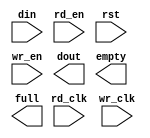
module FIFO(
	din,
	rd_clk,
	rd_en,
	rst,
	wr_clk,
	wr_en,
	dout,
	empty,
	full);


input [15 : 0] din;
input rd_clk;
input rd_en;
input rst;
input wr_clk;
input wr_en;
output [15 : 0] dout;
output empty;
output full;

// synthesis translate_off

      FIFO_GENERATOR_V5_1 #(
		.C_COMMON_CLOCK(0),
		.C_COUNT_TYPE(0),
		.C_DATA_COUNT_WIDTH(4),
		.C_DEFAULT_VALUE("BlankString"),
		.C_DIN_WIDTH(16),
		.C_DOUT_RST_VAL("0"),
		.C_DOUT_WIDTH(16),
		.C_ENABLE_RLOCS(0),
		.C_ENABLE_RST_SYNC(1),
		.C_ERROR_INJECTION_TYPE(0),
		.C_FAMILY("spartan3"),
		.C_FULL_FLAGS_RST_VAL(1),
		.C_HAS_ALMOST_EMPTY(0),
		.C_HAS_ALMOST_FULL(0),
		.C_HAS_BACKUP(0),
		.C_HAS_DATA_COUNT(0),
		.C_HAS_INT_CLK(0),
		.C_HAS_MEMINIT_FILE(0),
		.C_HAS_OVERFLOW(0),
		.C_HAS_RD_DATA_COUNT(0),
		.C_HAS_RD_RST(0),
		.C_HAS_RST(1),
		.C_HAS_SRST(0),
		.C_HAS_UNDERFLOW(0),
		.C_HAS_VALID(0),
		.C_HAS_WR_ACK(0),
		.C_HAS_WR_DATA_COUNT(0),
		.C_HAS_WR_RST(0),
		.C_IMPLEMENTATION_TYPE(2),
		.C_INIT_WR_PNTR_VAL(0),
		.C_MEMORY_TYPE(1),
		.C_MIF_FILE_NAME("BlankString"),
		.C_MSGON_VAL(1),
		.C_OPTIMIZATION_MODE(0),
		.C_OVERFLOW_LOW(0),
		.C_PRELOAD_LATENCY(0),
		.C_PRELOAD_REGS(1),
		.C_PRIM_FIFO_TYPE("512x36"),
		.C_PROG_EMPTY_THRESH_ASSERT_VAL(4),
		.C_PROG_EMPTY_THRESH_NEGATE_VAL(5),
		.C_PROG_EMPTY_TYPE(0),
		.C_PROG_FULL_THRESH_ASSERT_VAL(15),
		.C_PROG_FULL_THRESH_NEGATE_VAL(14),
		.C_PROG_FULL_TYPE(0),
		.C_RD_DATA_COUNT_WIDTH(4),
		.C_RD_DEPTH(16),
		.C_RD_FREQ(1),
		.C_RD_PNTR_WIDTH(4),
		.C_UNDERFLOW_LOW(0),
		.C_USE_DOUT_RST(1),
		.C_USE_ECC(0),
		.C_USE_EMBEDDED_REG(0),
		.C_USE_FIFO16_FLAGS(0),
		.C_USE_FWFT_DATA_COUNT(0),
		.C_VALID_LOW(0),
		.C_WR_ACK_LOW(0),
		.C_WR_DATA_COUNT_WIDTH(4),
		.C_WR_DEPTH(16),
		.C_WR_FREQ(1),
		.C_WR_PNTR_WIDTH(4),
		.C_WR_RESPONSE_LATENCY(1))
	inst (
		.DIN(din),
		.RD_CLK(rd_clk),
		.RD_EN(rd_en),
		.RST(rst),
		.WR_CLK(wr_clk),
		.WR_EN(wr_en),
		.DOUT(dout),
		.EMPTY(empty),
		.FULL(full),
		.CLK(),
		.INT_CLK(),
		.BACKUP(),
		.BACKUP_MARKER(),
		.PROG_EMPTY_THRESH(),
		.PROG_EMPTY_THRESH_ASSERT(),
		.PROG_EMPTY_THRESH_NEGATE(),
		.PROG_FULL_THRESH(),
		.PROG_FULL_THRESH_ASSERT(),
		.PROG_FULL_THRESH_NEGATE(),
		.RD_RST(),
		.SRST(),
		.WR_RST(),
		.INJECTDBITERR(),
		.INJECTSBITERR(),
		.ALMOST_EMPTY(),
		.ALMOST_FULL(),
		.DATA_COUNT(),
		.OVERFLOW(),
		.PROG_EMPTY(),
		.PROG_FULL(),
		.VALID(),
		.RD_DATA_COUNT(),
		.UNDERFLOW(),
		.WR_ACK(),
		.WR_DATA_COUNT(),
		.SBITERR(),
		.DBITERR());


// synthesis translate_on

// XST black box declaration
// box_type "black_box"
// synthesis attribute box_type of FIFO is "black_box"

endmodule